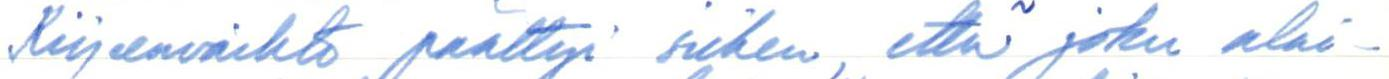
Kirjeenvaihto päättyi siihen, että joku alai-